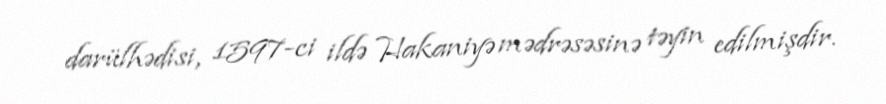
darülhədisi, 1597-ci ildə Hakaniyə mədrəsəsinə təyin edilmişdir.